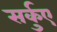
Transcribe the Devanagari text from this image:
सर्कुए